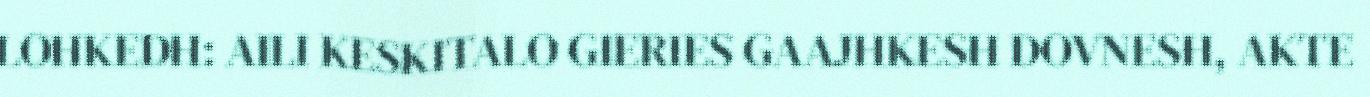
LOHKEDH: AILI KESKITALO GIERIES GAAJHKESH DOVNESH, AKTE